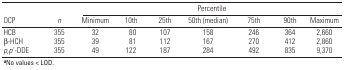
| <ROWSPAN=2> OCP | <ROWSPAN=2> n | <COLSPAN=7> Percentile |
 | Minimum | 10th | 25th | 50th (median) | 75th | 90th | Maximum |
 | --- | --- | --- | --- | --- | --- | --- | --- | --- |
 | HCB | 355 | 32 | 80 | 107 | 158 | 246 | 364 | 2,660 |
 | β-HCH | 355 | 39 | 81 | 112 | 167 | 270 | 412 | 2,860 |
 | p,p ́-DDE | 355 | 49 | 122 | 187 | 284 | 492 | 835 | 9,370 |
 | <COLSPAN=9> aNo values < LOD. |